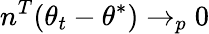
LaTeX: n^{T}(\theta_{t}-\theta^{*})\to_{p}0